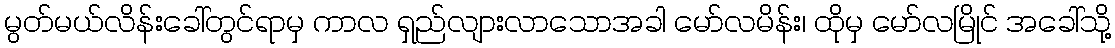
မွတ်မယ်လိန်းခေါ်တွင်ရာမှ ကာလ ရှည်လျားလာသောအခါ မော်လမိန်း၊ ထိုမှ မော်လမြိုင် အခေါ်သို့